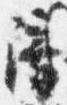
陪